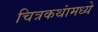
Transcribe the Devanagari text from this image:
चित्रकथांमध्ये